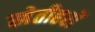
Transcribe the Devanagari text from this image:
खेतीहरों